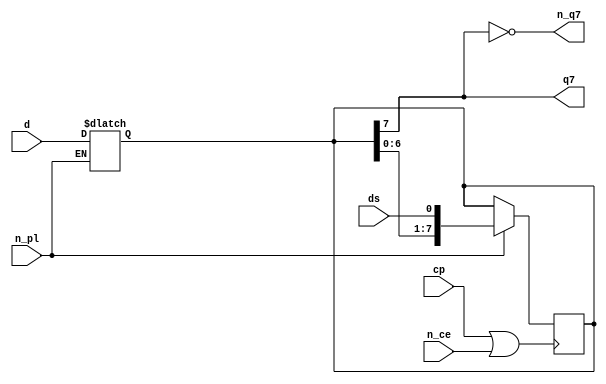
`timescale 1ns/1ns
module shift_74165(
    output q7,
    output n_q7,
    input ds,
    input [7:0] d,
    input n_pl,
    input cp,
    input n_ce
);

    reg [7:0] q;

    initial begin
        q = 8'bx;
    end

    wire c = cp | n_ce;

    always @(n_pl or d) begin
        if (~n_pl) begin
            q <= #15 d;
        end
    end
    always @(posedge c) begin
        if (n_pl) begin
            q <= #15 {q[6:0], ds};
        end
    end

    assign q7 = q[7];
    assign n_q7 = ~q[7];
endmodule